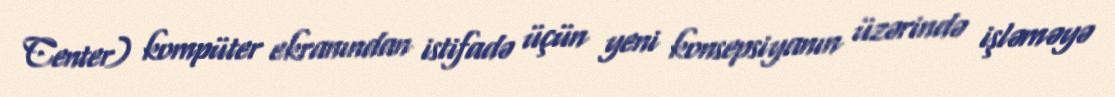
Center) kompüter ekranından istifadə üçün yeni konsepsiyanın üzərində işləməyə